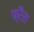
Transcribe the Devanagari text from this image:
फ़्रैंस